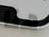
هنا